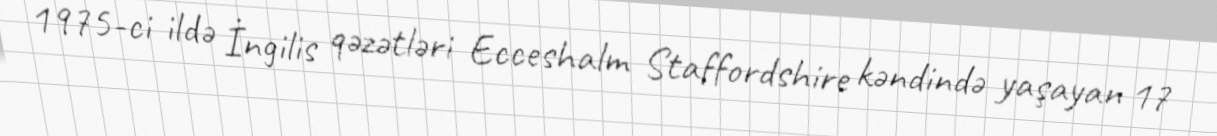
1975-ci ildə İngilis qəzətləri Ecceshalm Staffordshire kəndində yaşayan 17